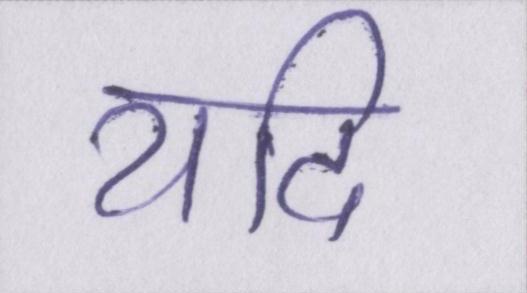
यदि